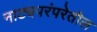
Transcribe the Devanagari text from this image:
नाट्यपरंपरेतील